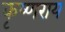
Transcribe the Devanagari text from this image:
कृष्णराय